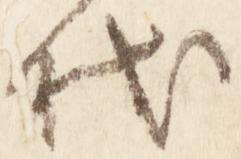
代